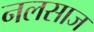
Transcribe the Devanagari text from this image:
नलसाज